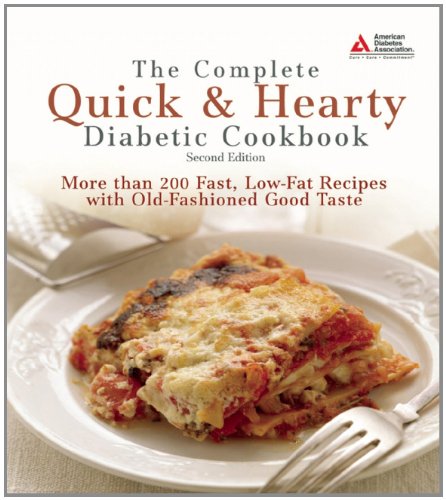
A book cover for The Complete Quick & Hearty Diabetic Cookbook: More Than 200 Fast, Low-Fat Recipes with Old-Fashioned Good Taste; American Diabetes Association; Health, Fitness & Dieting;